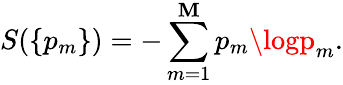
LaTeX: S(\{ p_{m}\} )=-\sum_{m=1}^{\mathbf{M}}p_{m}\logp_{m}.